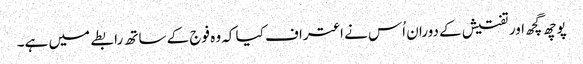
پوچھ گچھ اور تفتیش کے دوران اُس نے اعتراف کیا کہ وہ فوج کے ساتھ رابطے میں ہے۔